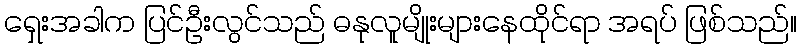
ရှေးအခါက ပြင်ဦးလွင်သည် ဓနုလူမျိုးများနေထိုင်ရာ အရပ် ဖြစ်သည်။